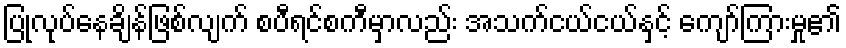
ပြုလုပ်နေချိန်ဖြစ်လျက် စပီရင်စကီမှာလည်း အသက်ငယ်ငယ်နှင့် ကျော်ကြားမှု၏